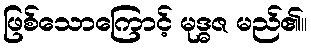
ဖြစ်သောကြောင့် မုဒ္ဓဇ မည်၏။